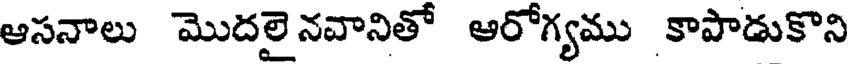
ఆసనాలు మొదలై నవానితో ఆరోగ్యము కాపాడుకొని